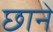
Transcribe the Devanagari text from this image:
छानें